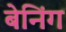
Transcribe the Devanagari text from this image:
बेनिंग